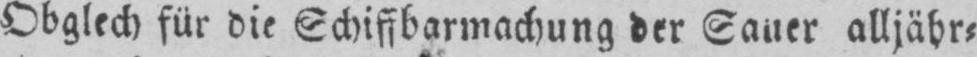
Obglech für die Schiffbarmachung der Sauer alljähr⸗